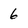
Character: 6